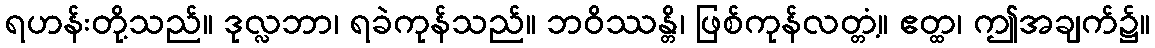
ရဟန်းတို့သည်။ ဒုလ္လဘာ၊ ရခဲကုန်သည်။ ဘဝိဿန္တိ၊ ဖြစ်ကုန်လတ္တံ့။ ဧတ္ထ၊ ဤအချက်၌။